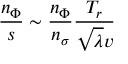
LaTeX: \frac { n _ { \Phi } } { s } \sim \frac { n _ { \Phi } } { n _ { \sigma } } \frac { T _ { r } } { \sqrt { \lambda } v }